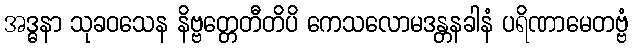
အဒ္ဓနာ သုခဝသေန နိဗ္ဗတ္တေတီတိပိ ကေသလောမဒန္တနခါနံ ပရိဏာမေတဗ္ဗံ